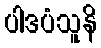
ပါဒပံသူနိ